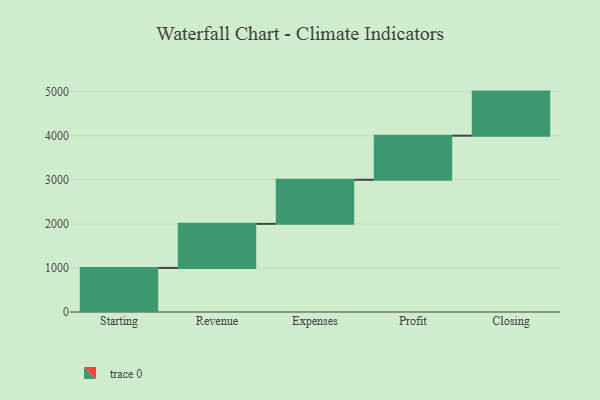
{"axis": {"x": "Step", "y": "Value"}, "legend": [""], "data": [{"x": "Starting", "y": 1000, "type": ""}, {"x": "Revenue", "y": 1000, "type": ""}, {"x": "Expenses", "y": 1000, "type": ""}, {"x": "Profit", "y": 1000, "type": ""}, {"x": "Closing", "y": 1000, "type": ""}]}